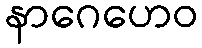
နာဂေဟေဝ